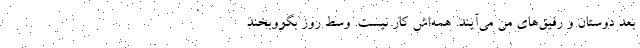
بعد دوستان و رفیق‌های من می‌آیند. همه‌اش کار نیست. وسط روز بگووبخند